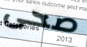
صحى